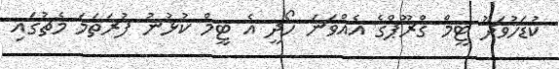
ކުޑަހުވަދޫ ޓީމް ގްރޫޕްގެ އެއްވަނަ ހޯދީ އެ ޓީމް ކުޅުނު ފުރަތަމަ މެޗުގައި